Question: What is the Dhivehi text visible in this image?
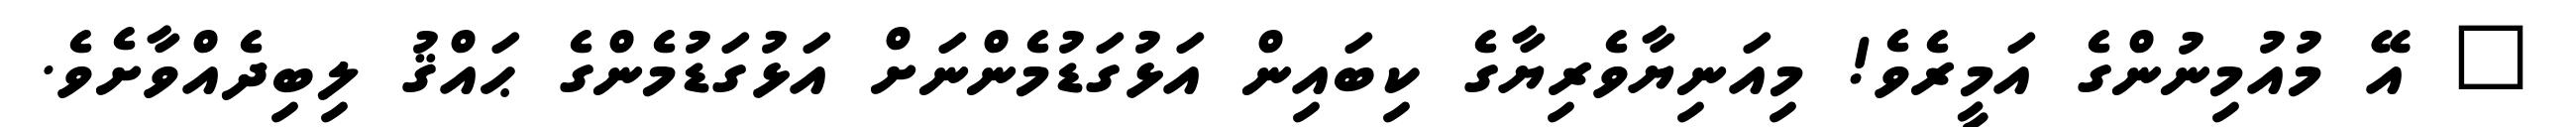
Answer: " އޭ މުއުމިނުންގެ އަމީރެވެ! މިއަނިޔާވެރިޔާގެ ކިބައިން އަޅުގަޑުމެންނަށް އަޅުގަޑުމެންގެ ޙައްޤު ލިބިދެއްވާށެވެ.